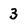
Character: 3